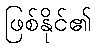
ဖြစ်နိုင်၏